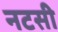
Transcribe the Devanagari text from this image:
नटसी